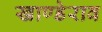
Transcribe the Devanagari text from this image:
खाण्डेराव